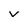
Character: v